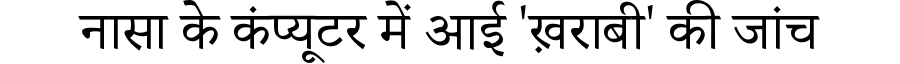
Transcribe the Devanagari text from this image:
नासा के कंप्यूटर में आई 'ख़राबी' की जांच